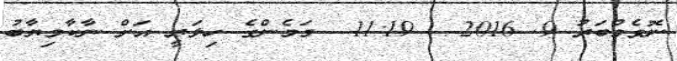
ނޮވެމްބަރު 9